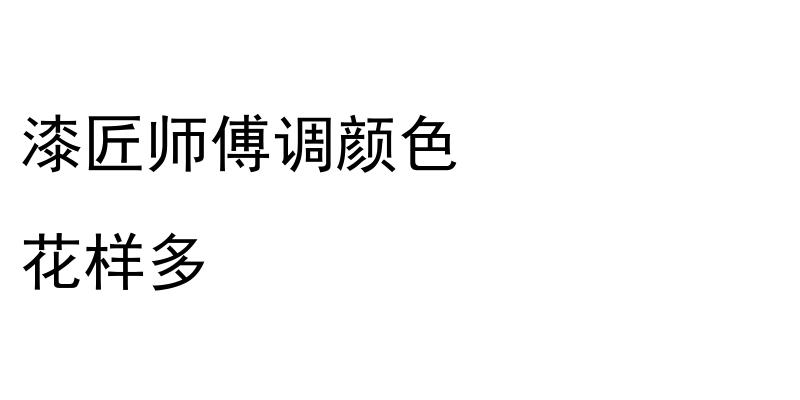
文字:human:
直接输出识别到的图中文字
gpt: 漆匠师傅调颜色 花样多